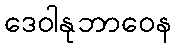
ဒေဝါနုဘာဝေန